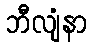
ဘီလျံနာ